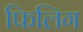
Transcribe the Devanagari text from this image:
फिलिग